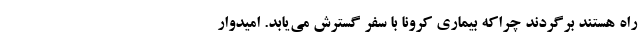
راه هستند برگردند چراکه بیماری کرونا با سفر گسترش می‌یابد. امیدوار